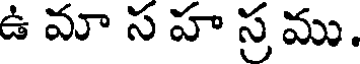
ఉ మా స హ స్ర ము.